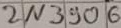
Text: 2N3906